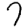
Digit: 7